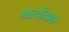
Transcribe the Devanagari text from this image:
भारतीयावर